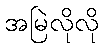
အမြဲလိုလို